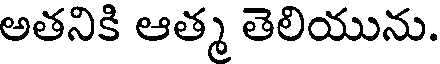
అతనికి ఆత్మ తెలియును.